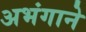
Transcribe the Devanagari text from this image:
अभंगाने